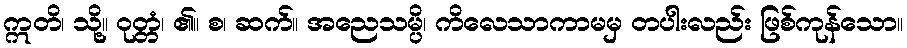
ဣတိ၊ သို့။ ဝုတ္တံ၊ ၏။ စ၊ ဆက်။ အညေသမ္ပိ၊ ကိလေသာကာမမှ တပါးလည်း ဖြစ်ကုန်သော။